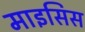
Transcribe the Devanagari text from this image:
माइसिस